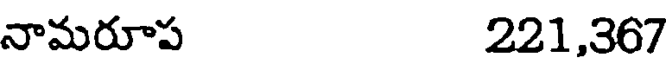
నామరూప 221,367